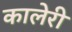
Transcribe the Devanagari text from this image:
कालेरी